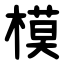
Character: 模